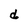
Character: d